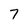
Character: 7